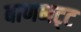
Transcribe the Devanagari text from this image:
बाणभट्‌ट